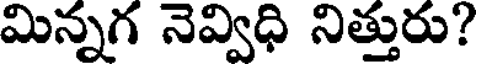
మిన్నగ నెవ్విధి నిత్తురు?